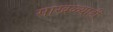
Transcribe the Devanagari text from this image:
साखळ्याही